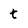
Character: t